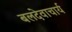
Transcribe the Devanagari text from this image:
बलदेवाचार्य